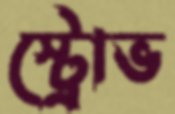
স্ট্রোভ